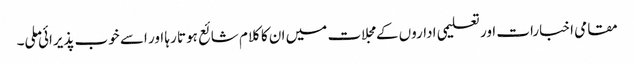
مقامی اخبارات اور تعلیمی اداروں کے مجلات میں ان کا کلام شائع ہوتا رہا اور اسے خوب پذیرائی ملی۔